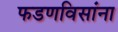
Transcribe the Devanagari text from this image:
फडणविसांना